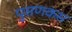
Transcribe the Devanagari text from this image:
पुसणकस